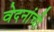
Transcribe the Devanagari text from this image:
वेदनांची